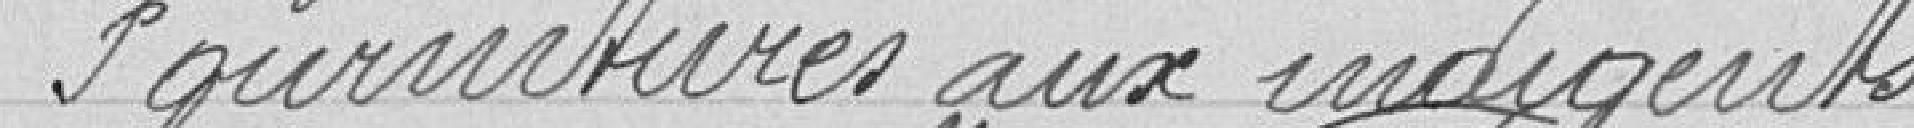
Fournitures aux indigents